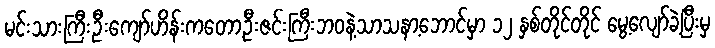
မင်းသားကြီးဦးကျော်ဟိန်းကတော့ဦးဇင်းကြီးဘဝနဲ့သာသနာ့ဘောင်မှာ ၁၂ နှစ်တိုင်တိုင် မွေ့လျော်ခဲ့ပြီးမှ